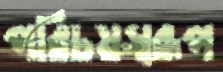
পরিচয়স্বরূপ